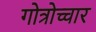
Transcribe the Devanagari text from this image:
गोत्रोच्चार